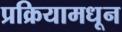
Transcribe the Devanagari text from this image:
प्रक्रियामधून